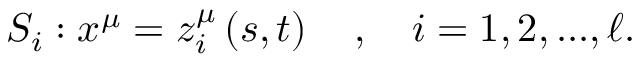
S _ { i } : x ^ { \mu } = z _ { i } ^ { \mu } \left( s , t \right) \quad , \quad i = 1 , 2 , . . . , \ell .